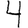
Digit: 4